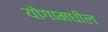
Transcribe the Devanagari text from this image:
योगामधील